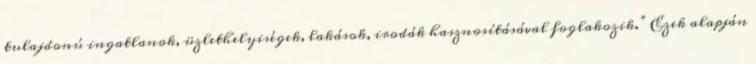
tulajdonú ingatlanok, üzlethelyiségek, lakások, irodák hasznosításával foglakozik.” Ezek alapján